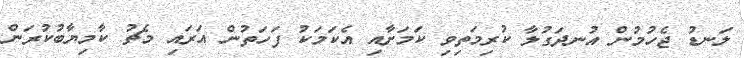
ލަނޑު ޖެހުމުން އުނދަގުލާ ކުރިމަތިވި ކަމަށާއި އެކަމަކު ފަހަތުން އަރައި މެޗު ކާމިޔާބުކުރަން